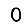
Digit: 0